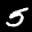
Label: 5